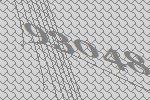
93048